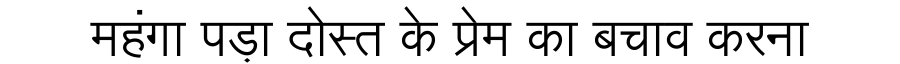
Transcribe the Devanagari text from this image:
महंगा पड़ा दोस्त के प्रेम का बचाव करना